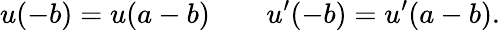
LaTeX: u(-b)=u(a-b)\qquad u^{\prime}(-b)=u^{\prime}(a-b).